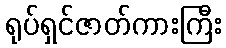
ရုပ်ရှင်ဇာတ်ကားကြီး